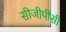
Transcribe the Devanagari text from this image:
सीजीपीसी